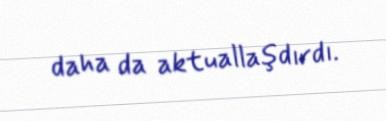
daha da aktuallaşdırdı.